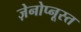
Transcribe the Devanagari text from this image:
ज़ेनोप्नूस्त